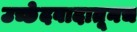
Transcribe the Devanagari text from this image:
उच्छेदवादातूनच